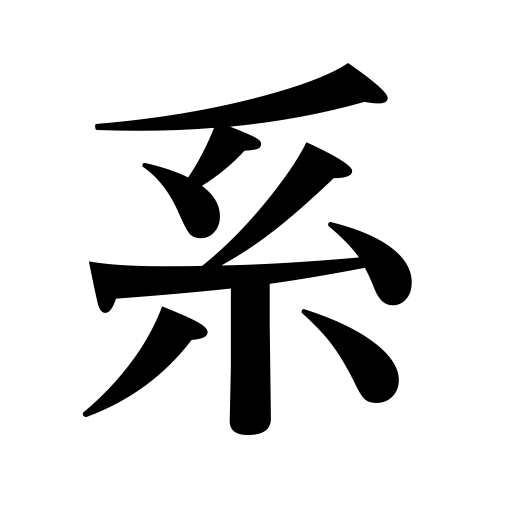
Meanings: system,lineage,zone,corollary,connection,faction,group